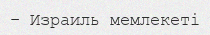
– Израиль мемлекеті